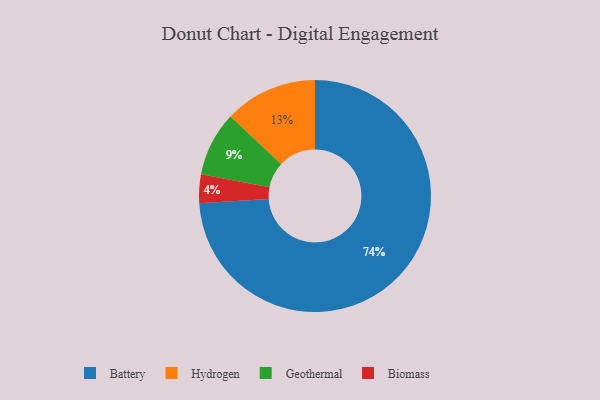
{"axis": {"x": "Category", "y": "Percentage"}, "legend": ["Battery", "Biomass", "Geothermal", "Hydrogen"], "data": [{"x": "Biomass", "y": 4, "type": "Biomass"}, {"x": "Hydrogen", "y": 13, "type": "Hydrogen"}, {"x": "Geothermal", "y": 9, "type": "Geothermal"}, {"x": "Battery", "y": 74, "type": "Battery"}]}